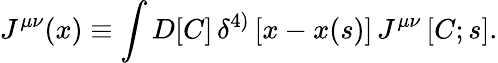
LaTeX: J^{\mu\nu}(x)\equiv\int D[C]\, \delta^{4)}\left[x-x(s)\right]\, J^{\mu\nu}\left[C;s\right].